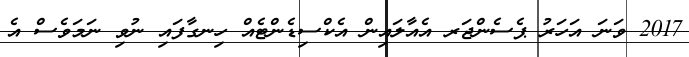
2017 ވަނަ އަހަރު ޕެސެންޖަރ އެއާލައިން އެކްސިޑެންޓެއް ހިނގާފައި ނުވި ނަމަވެސް އެ